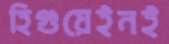
হিগুয়েইনই